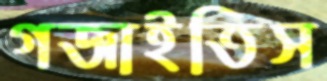
গজাইতিস